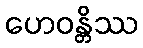
ဟေဝန္တိဿ